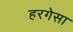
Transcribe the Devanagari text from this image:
हरगेसा